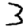
Digit: 3